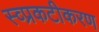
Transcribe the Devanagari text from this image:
स्व्प्रकटीकरण